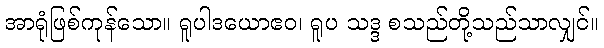
အာရုံဖြစ်ကုန်သော။ ရူပါဒယောဧဝ၊ ရူပ သဒ္ဒ စသည်တို့သည်သာလျှင်။